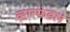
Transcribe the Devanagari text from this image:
व्ह़ारफेडले